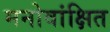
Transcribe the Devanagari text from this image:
मनोवांक्षित